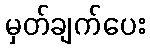
မှတ်ချက်ပေး